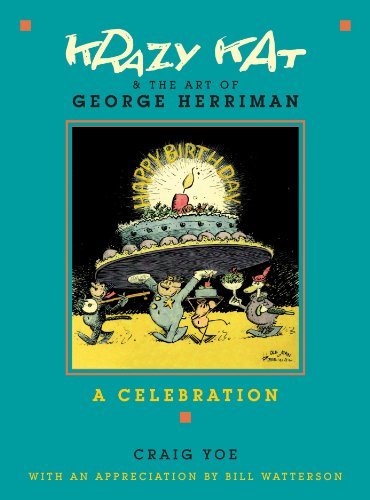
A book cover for Krazy Kat and The Art of George Herriman: A Celebration; Craig Yoe; Comics & Graphic Novels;